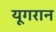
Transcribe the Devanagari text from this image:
यूगरान